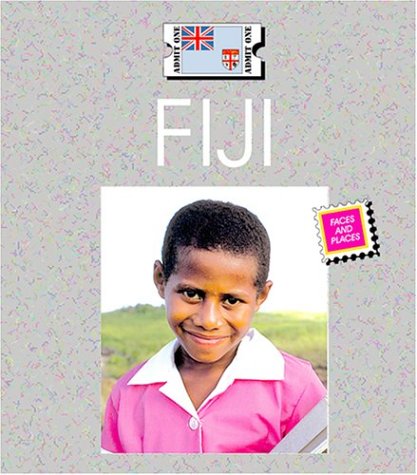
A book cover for Fiji (Countries: Faces and Places); Kathryn Stevens; History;